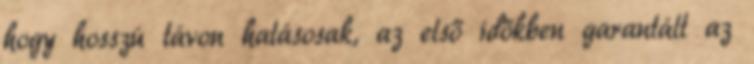
hogy hosszú távon hatásosak, az első időkben garantált az